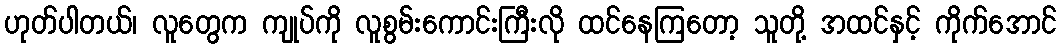
ဟုတ်ပါတယ်၊ လူတွေက ကျုပ်ကို လူစွမ်းကောင်းကြီးလို ထင်နေကြတော့ သူတို့ အထင်နှင့် ကိုက်အောင်